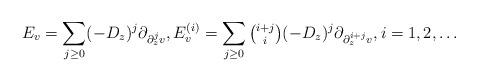
LaTeX: \begin{align*}E_v = \sum_{j\geq 0} ({-D_z})^j \partial_{\partial_z^j v},E^{(i)}_v = \sum_{j\geq 0} {\textstyle\binom{i+j}{i}} ({-D_z})^j \partial_{\partial_z^{i+j}v},i=1,2,\ldots\end{align*}